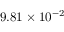
9 . 8 1 \times 1 0 ^ { - 2 }